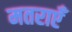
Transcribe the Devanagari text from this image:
मतराएँ